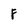
Character: F